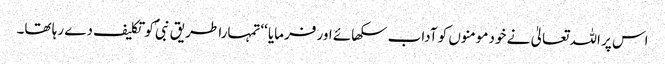
اس پر اللہ تعالیٰ نے خود مومنوں کو آداب سکھائے اور فرمایا ‘‘تمہارا طریق نبیؐ کو تکلیف دے رہا تھا۔